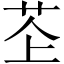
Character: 𫇳